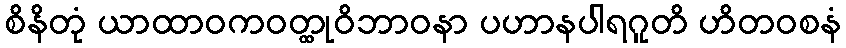
စိနိတုံ ယာထာဝကဝတ္ထုဝိဘာဝနာ ပဟာနပါရဂူတိ ဟိတဝစနံ